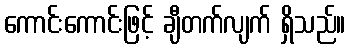
ကောင်းကောင်းဖြင့် ချီတက်လျက် ရှိသည်။